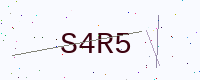
Text: S4R5